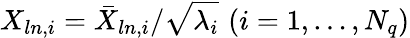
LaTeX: {X}_{ln,i}={\bar{X}_{ln,i}}/{\sqrt{\lambda_{i}}}\, \, (i=1,\ldots,N_{q})